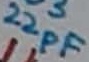
Text: 22pF